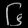
Digit: ၆